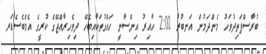
ބުރާސްފަތިދުވަހު މެންދަމުން އަނބުރާ 2:00 ހާއިރު އިންސާނީ ހައްގުތަކާއިބެހޭ ދިވެހިރާއްޖޭގެ ކުރީގެ އެމްބެސެޑަރ